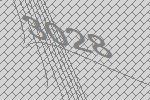
3028